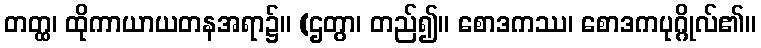
တတ္ထ၊ ထိုကာယာယတနအရာ၌။ (ဌတွာ၊ တည်၍။ စောဒကဿ၊ စောဒကပုဂ္ဂိုလ်၏။